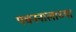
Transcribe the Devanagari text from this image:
पचननालाच्या